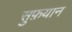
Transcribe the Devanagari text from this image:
सुफ़यान